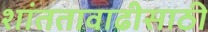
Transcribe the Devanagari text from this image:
शांततावाढीसाठी